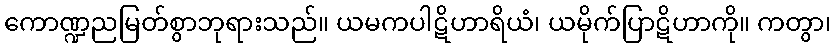
ကောဏ္ဍညမြတ်စွာဘုရားသည်။ ယမကပါဋိဟာရိယံ၊ ယမိုက်ပြာဋိဟာကို။ ကတွာ၊